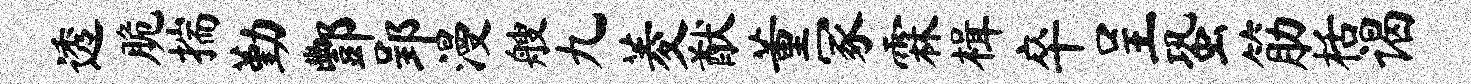
透脆揣勤酆郢漫艘九菱猷董冢霖楫卒呈蛩筋栝谒